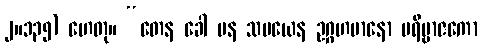
၂။၁၃၅) ဟေတု။ “တေန ခေါ ပန သမယေန ဥဂ္ဂဟမာနော ပရိဗ္ဗာဇကော